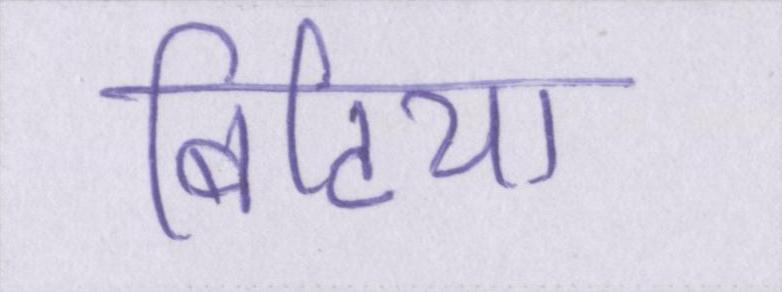
बिटिया